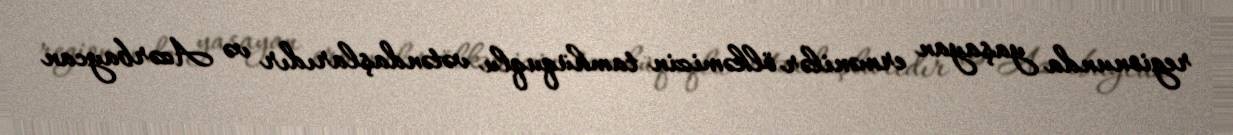
regionunda yaşayan ermənilər ölkəmizin tamhüquqlu vətəndaşlarıdır və Azərbaycan